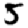
Digit: 5